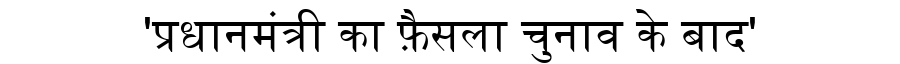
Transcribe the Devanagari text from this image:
'प्रधानमंत्री का फ़ैसला चुनाव के बाद'